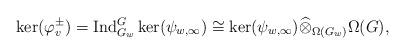
LaTeX: \begin{align*}\ker(\varphi_{v}^{\pm}) = \mathrm{Ind}^{G}_{G_{w}}\ker(\psi_{w,\infty})\cong \ker(\psi_{w,\infty}) \widehat{\otimes}_{\Omega(G_{w}) } \Omega(G),\end{align*}